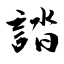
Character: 誻